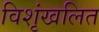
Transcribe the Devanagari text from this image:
विशृंखलित